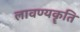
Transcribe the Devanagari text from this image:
लावण्यकॄति